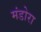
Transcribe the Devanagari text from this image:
मंडोरा